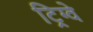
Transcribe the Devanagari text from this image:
ट्रिग्वे